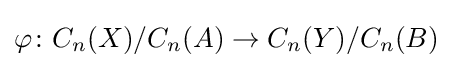
\varphi \colon C_{n}(X)/C_{n}(A)\to C_{n}(Y)/C_{n}(B)